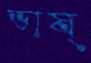
ভাষ্